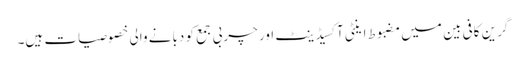
گرین کافی بین میں مضبوط اینٹی آکسیڈینٹ اور چربی جمع کو دبانے والی خصوصیات ہیں۔